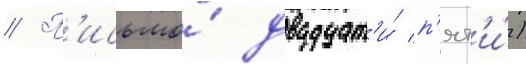
// П'исьмо́ двадцат'и́ п'ят'и́)